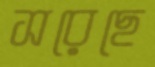
সরেছে